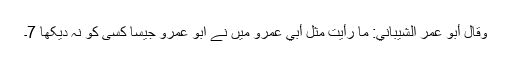
وقال أبو عمر الشیباني: ما رأیت مثل أبي عمرو میں نے ابو عمرو جیسا کسی کو نہ دیکھا 7۔